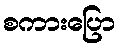
စကားပြော